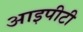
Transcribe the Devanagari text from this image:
आइपीटी